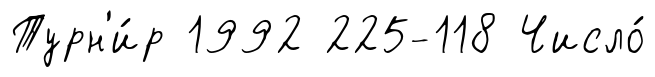
Турн'и́р 1992 225-118 Число́